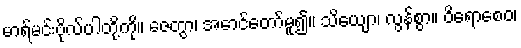
မာရ်မင်းဗိုလ်ပါတို့ကို။ ဇေတွာ၊ အောင်တော်မူ၍။ သိယျော၊ လွန်စွာ။ ဝိရောစေဝ၊